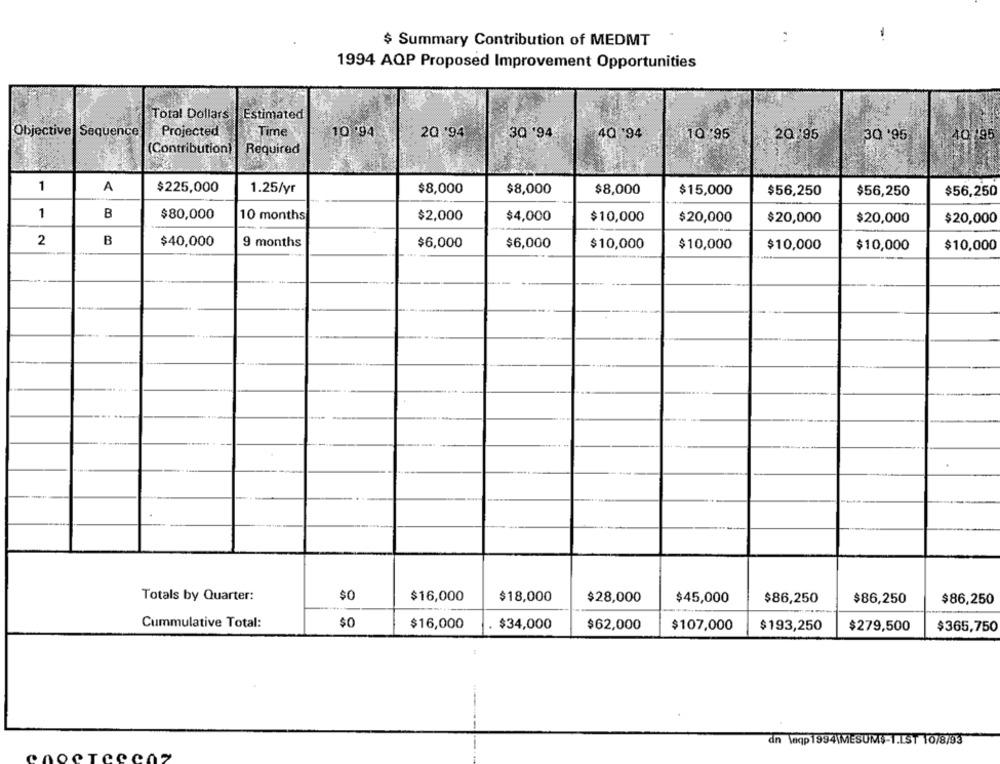
:
-
$ Summary Contribution of MEDMT
1994 AQP Proposed Improvement Opportunities
Total Dollars
Estimated
Time
Objective Sequence
Projected
10 .94
20 94
30 '94
40 94
10:95
20:95
30'95
40/95
(Contribution)
Required
1
A
$225,000
1.25/yr
$8,000
$8,000
$8,000
$15,000
$56,250
$56,250
$56,250
1
B
$80,000
10 months
$2,000
$4,000
$10,000
$20,000
$20,000
$20,000
$20,000
2
B
$40,000
9 months
$6,000
$6,000
$10,000
$10,000
$10,000
$10,000
$10,000
Totals by Quarter:
$0
$16,000
$18,000
$28,000
$45,000
$86,250
$86,250
$86,250
Cummulative Total:
$0
$16,000
$34,000
$62,000
$107,000
$193,250
$279,500
$365,750
dn laqp 1994\MESUMS-1.LST 10/8/93